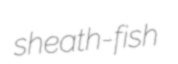
sheath-fish